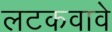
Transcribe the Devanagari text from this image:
लटकवावे